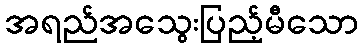
အရည်အသွေးပြည့်မီသော